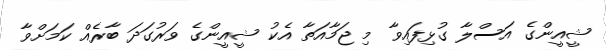
ޝީއީންގެ އަސްލާ ގުޅިފައިވާ މި ޖަމާއަތާ އެކު ޝީއީންގެ ވަރުގަދަ ބާރެއް ކަމަށްވާ